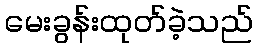
မေးခွန်းထုတ်ခဲ့သည်